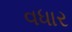
વધાર